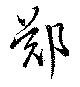
鄭